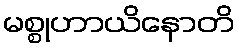
မစ္စုဟာယိနောတိ